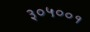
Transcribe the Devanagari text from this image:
३०५००१